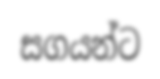
සගයන්ට